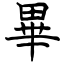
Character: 畢